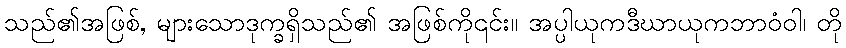
သည်၏အဖြစ်, များသောဒုက္ခရှိသည်၏ အဖြစ်ကို၎င်း။ အပ္ပါယုကဒီဃာယုကဘာဝံဝါ၊ တို